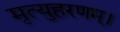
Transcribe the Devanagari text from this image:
मृत्युहरणम्‌।